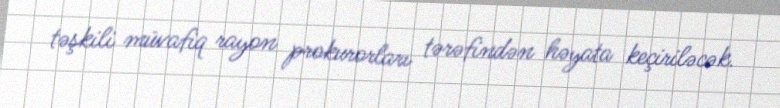
təşkili müvafiq rayon prokurorları tərəfindən həyata keçiriləcək.